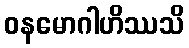
ဝနမောဂါဟိဿသိ